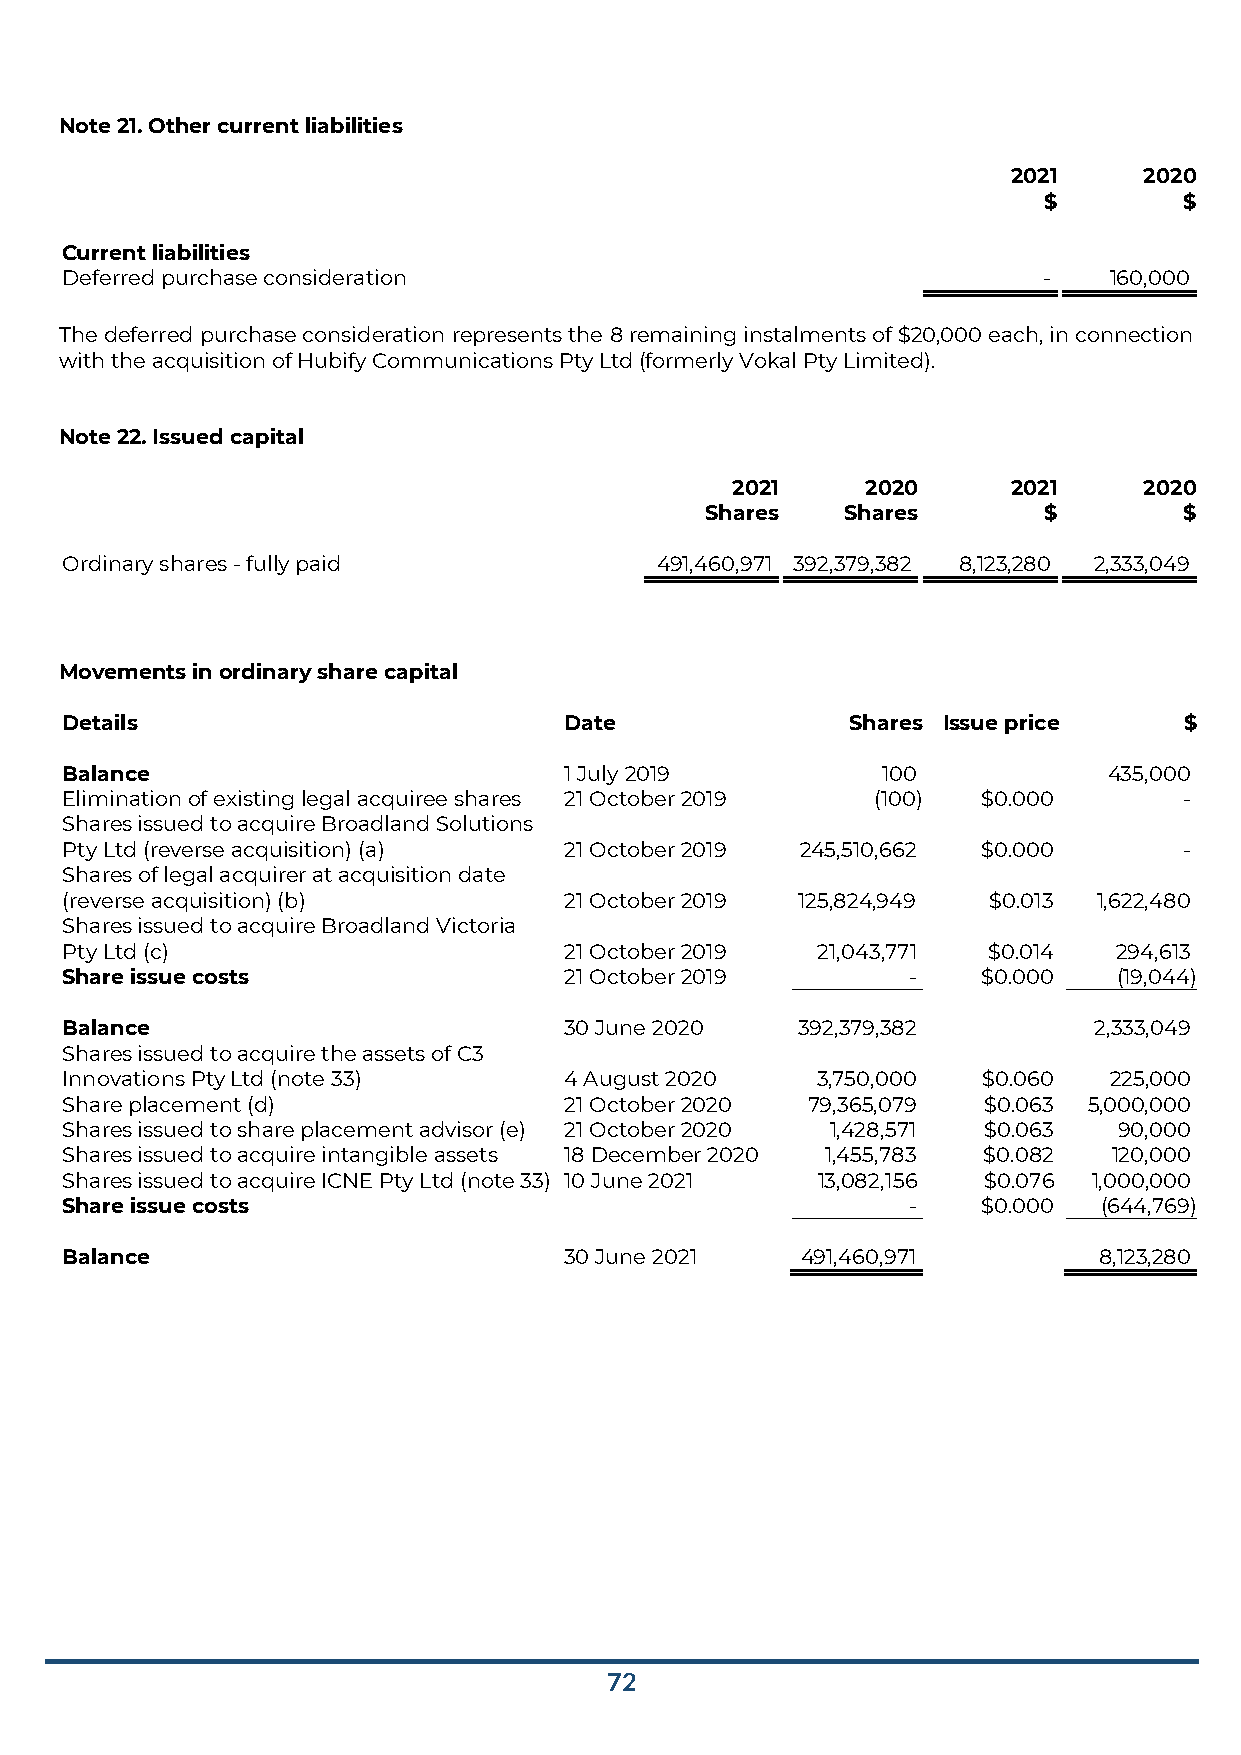
Note 21. Other current liabilities
 2021     2020
 $        $
 Current liabilities
 Deferred purchase consideration                                  -   160,000
 The deferred purchase consideration represents the 8 remaining instalments of $20,000 each, in connection
 with the acquisition of Hubify Communications Pty Ltd (formerly Vokal Pty Limited).
 Note 22. Issued capital
 2021     2020      2021     2020
 Shares   Shares       $        $
 Ordinary shares - fully paid           491,460,971 392,379,382 8,123,280 2,333,049
 Movements in ordinary share capital
 Details                          Date               Shares Issue price    $
 Balance                          1 July 2019          100            435,000
 Elimination of existing legal acquiree shares 21 October 2019 (100) $0.000 -
 Shares issued to acquire Broadland Solutions
 Pty Ltd (reverse acquisition) (a) 21 October 2019 245,510,662 $0.000      -
 Shares of legal acquirer at acquisition date
 (reverse acquisition) (b)        21 October 2019 125,824,949 $0.013  1,622,480
 Shares issued to acquire Broadland Victoria
 Pty Ltd (c)                      21 October 2019  21,043,771 $0.014   294,613
 Share issue costs                21 October 2019        -    $0.000   (19,044)
 Balance                          30 June 2020    392,379,382        2,333,049
 Shares issued to acquire the assets of C3
 Innovations Pty Ltd (note 33)    4 August 2020    3,750,000  $0.060  225,000
 Share placement (d)              21 October 2020 79,365,079  $0.063 5,000,000
 Shares issued to share placement advisor (e) 21 October 2020 1,428,571 $0.063 90,000
 Shares issued to acquire intangible assets 18 December 2020 1,455,783 $0.082 120,000
 Shares issued to acquire ICNE Pty Ltd (note 33) 10 June 2021 13,082,156 $0.076 1,000,000
 Share issue costs                                       -    $0.000  (644,769)
 Balance                          30 June 2021    491,460,971         8,123,280
 72